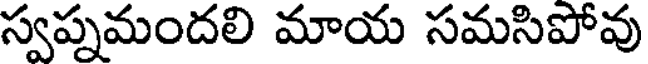
స్వప్నమందలి మాయ సమసిపోవు